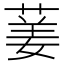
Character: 葁